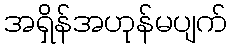
အရှိန်အဟုန်မပျက်